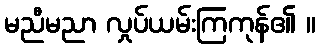
မညီမညာ လှုပ်ယမ်းကြကုန်၏ ။